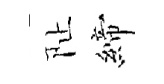
阯締